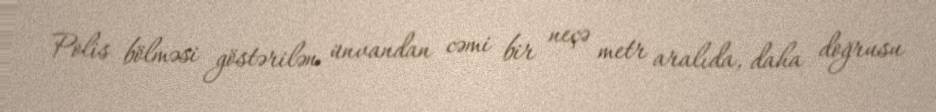
Polis bölməsi göstərilən ünvandan cəmi bir neçə metr aralıda, daha doğrusu